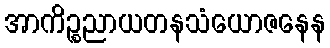
အာကိဉ္စညာယတနသံယောဇနေန